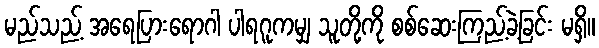
မည်သည့် အရေပြားရောဂါ ပါရဂူကမျှ သူတို့ကို စစ်ဆေးကြည့်ခဲ့ခြင်း မရှိ။